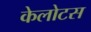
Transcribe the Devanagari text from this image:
केलोटस